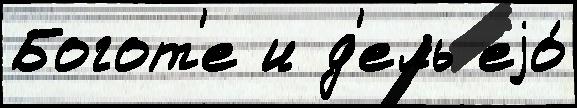
Богот'е и д'ель еjо́